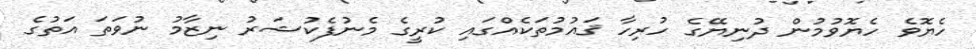
ހެޔޮވެ ހެޔޮވުމުން ދުނިޔޭގެ ހުރިހާ ޤައުމުތަކެއްގައި ކުރީގެ މެނުފެކުޝަރު ނިޒާމު ނުވަތަ އަތުގެ